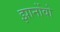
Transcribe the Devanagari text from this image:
झार्नोवो